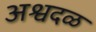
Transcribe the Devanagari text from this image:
अश्वदळ